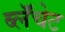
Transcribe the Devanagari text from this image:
ब्लॅंचेट